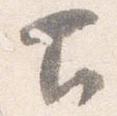
下